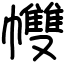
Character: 𢅻